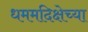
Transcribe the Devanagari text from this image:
धममदिक्षेच्या